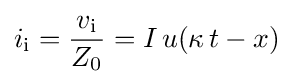
i_{\mathrm {i} }={\frac {v_{\mathrm {i} }}{Z_{0}}}=I\,u(\kappa \,t-x)